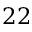
2 2